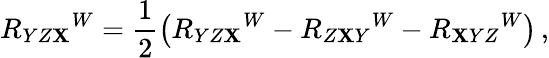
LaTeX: R_{YZ\mathbf{X}}{}^{W}=\frac{1}{2}\left(R_{YZ\mathbf{X}}{}^{W}-R_{Z\mathbf{X}Y}{}^{W}-R_{\mathbf{X}YZ}{}^{W}\right)\, ,